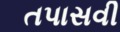
તપાસવી